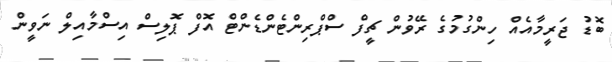
ބޮޑު ޖަރީމާއެއް ހިންގުމުގެ ރޭވުން ޗީފް ސްޕްރިންޓެންޑެންޓް އޮފް ޕޮލިސް އިސްމާއިލް ނަވީން